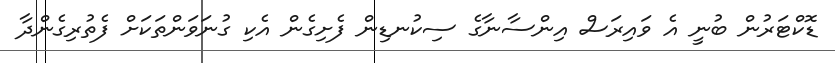
ޑޮކްޓަރުން ބުނީ އެ ވައިރަސް އިންސާނާގެ ސިކުނޑިން ފެށިގެން އެކި ގުނަވަންތަކަށް ފެތުރިގެންދާ